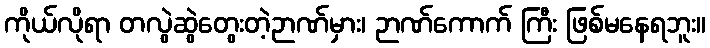
ကိုယ်လိုရာ တလွဲဆွဲတွေးတဲ့ဉာဏ်မှား၊ ဉာဏ်ကောက် ကြီး ဖြစ်မနေရဘူး။